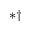
\ast \dagger